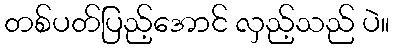
တစ်ပတ်ပြည့်အောင် လှည့်သည် ပဲ။